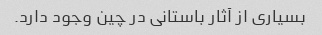
بسیاری از آثار باستانی در چین وجود دارد.